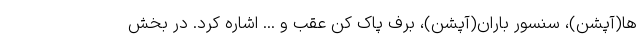
ها(آپشن)، سنسور باران(آپشن)، برف پاک کن عقب و ... اشاره کرد. در بخش